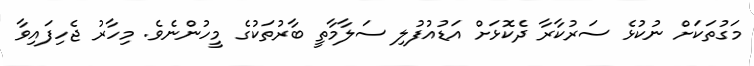
މަގުތަކަށް ނުކުޅެ ސަރުކާރާ ދެކޮޅަށް އަޑުއުފުލި ސަލާމާތީ ބާރުތަކުގެ މީހުންނެވެ. މިހާރު ޖެހިފައިވާ